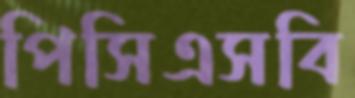
পিসিএসবি